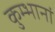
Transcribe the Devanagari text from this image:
कुम्भानां